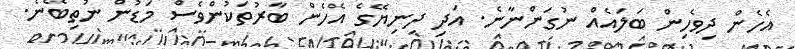
އެހެން ދިވެހިން ބަލައެއް ނުގަންނާނެ. އަދި ދިނިޔޭގެ އެހެން ބާރުތަކުންވެސް މަޑުން ނުތިބޭނެ.